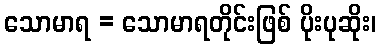
သောမာရ = သောမာရတိုင်းဖြစ် ပိုးပုဆိုး၊